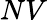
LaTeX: NV